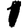
Digit: 1